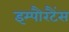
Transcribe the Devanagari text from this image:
इम्पौरटैंस